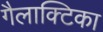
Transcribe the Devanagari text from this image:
गैलाक्टिका